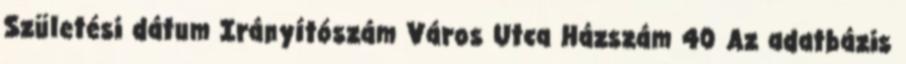
Születési dátum Irányítószám Város Utca Házszám 40 Az adatbázis